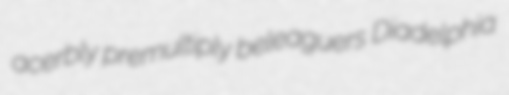
acerbly premultiply beleaguers Diadelphia